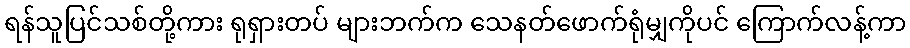
ရန်သူပြင်သစ်တို့ကား ရုရှားတပ် များဘက်က သေနတ်ဖောက်ရုံမျှကိုပင် ကြောက်လန့်ကာ